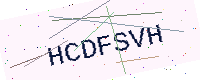
Text: HCDFSVH